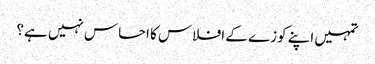
تمہیں اپنے کوزے کے افلاس کا احساس نہیں ہے؟